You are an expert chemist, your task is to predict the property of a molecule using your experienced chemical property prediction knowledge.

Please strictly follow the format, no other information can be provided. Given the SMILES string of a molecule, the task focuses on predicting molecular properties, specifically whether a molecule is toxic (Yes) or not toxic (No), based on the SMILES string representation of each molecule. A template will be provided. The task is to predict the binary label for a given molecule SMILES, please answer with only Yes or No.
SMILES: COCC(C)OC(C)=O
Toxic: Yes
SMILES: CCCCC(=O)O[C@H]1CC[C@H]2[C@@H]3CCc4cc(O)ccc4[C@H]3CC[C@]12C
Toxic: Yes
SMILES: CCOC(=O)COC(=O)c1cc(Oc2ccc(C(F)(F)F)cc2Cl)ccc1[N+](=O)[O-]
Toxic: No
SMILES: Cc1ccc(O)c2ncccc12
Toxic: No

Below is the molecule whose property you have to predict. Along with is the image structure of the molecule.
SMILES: CN(C)c1ccc(Cc2ccc(N(C)C)cc2)cc1
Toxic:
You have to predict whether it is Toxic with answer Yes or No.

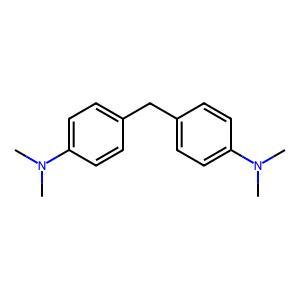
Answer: No